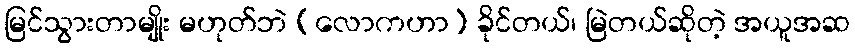
မြင်သွားတာမျိုး မဟုတ်ဘဲ (လောကဟာ) ခိုင်တယ်၊ မြဲတယ်ဆိုတဲ့ အယူအဆ